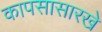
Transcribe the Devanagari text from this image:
कापसासारखे